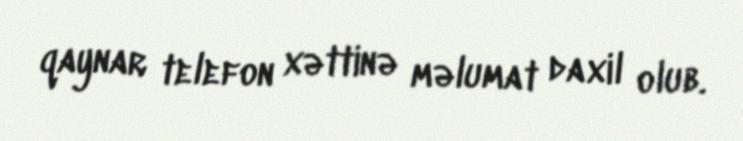
qaynar telefon xəttinə məlumat daxil olub.